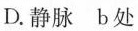
D.静脉 b处